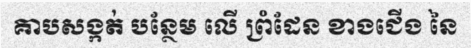
គាបសង្កត់ បន្ថែម លើ ព្រំដែន ខាងជើង នៃ